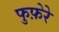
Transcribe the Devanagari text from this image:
फुफ़ेरे